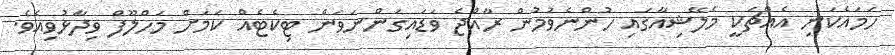
ހަމައެކަނި އެއްޗަކީ މެލޭޝިއާގައި ހުންނެވުމުން ރާއްޖެ ވަޑައިގަންނަވަން ޓިކެޓެއް ކަމަށް މަހްލޫފް ވިދާޅުވިއެވެ.